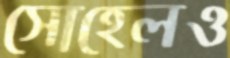
সোহেলও